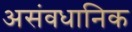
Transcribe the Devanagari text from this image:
असंवधानिक